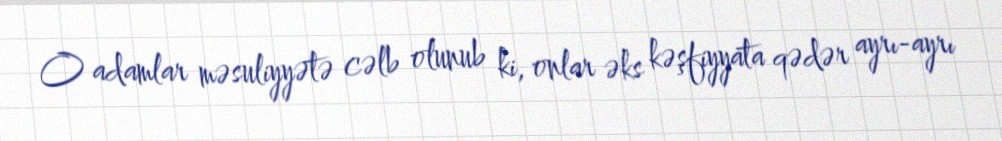
O adamlar məsuliyyətə cəlb olunub ki, onlar əks kəşfiyyata qədər ayrı-ayrı